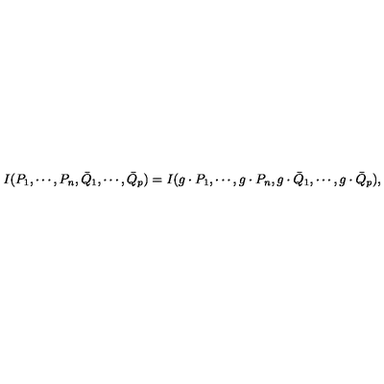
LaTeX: I ( P _ { 1 } , \cdots , P _ { n } , { \bar { Q } } _ { 1 } , \cdots , { \bar { Q } } _ { p } ) = I ( g \cdot P _ { 1 } , \cdots , g \cdot P _ { n } , g \cdot { \bar { Q } } _ { 1 } , \cdots , g \cdot { \bar { Q } } _ { p } ) ,